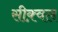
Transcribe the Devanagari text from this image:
सीक़्वल